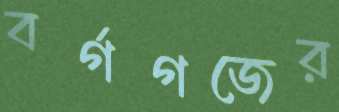
বর্গগজের